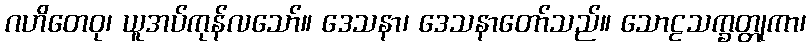
ဂဟိတေဝု၊ ယူအပ်ကုန်လသော်။ ဒေသနာ၊ ဒေသနာတော်သည်။ သောဠသက္ခတ္တုကာ၊